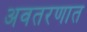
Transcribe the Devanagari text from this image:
अवतरणात